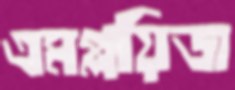
এমপ্লয়িজ